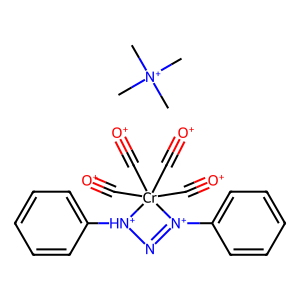
SMILES: C[N+](C)(C)C.[O+]#C[Cr]1(C#[O+])(C#[O+])(C#[O+])[N+](c2ccccc2)=N[NH+]1c1ccccc1
Inhibits HIV replication: No